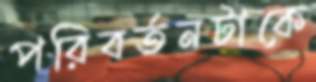
পরিবর্তনটাকে